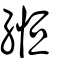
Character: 縆